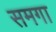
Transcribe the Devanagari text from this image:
समगा